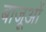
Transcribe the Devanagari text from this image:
बाजूओं